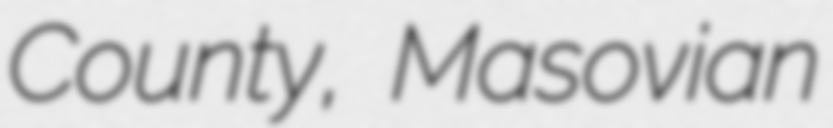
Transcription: County, Masovian